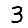
Digit: 3